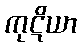
ကုဋိယာ